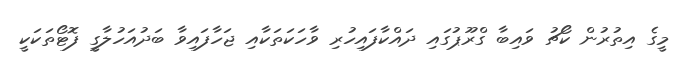
މީގެ އިތުރުން ކޯޗު ވައިބާ ގްރޫޕުގައި ދައްކާފައިހުރި ވާހަކަތަކާއި ޖަހާފައިވާ ބަދުއަހުލާގީ ފޮޓޯތަކަކީ